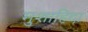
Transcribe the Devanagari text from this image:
मुशाहिदा